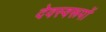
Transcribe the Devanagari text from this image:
देवस्वरूपों